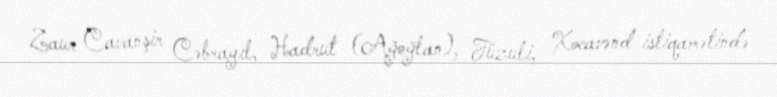
Zaur Cavanşir Cəbrayıl, Hadrut (Ağoğlan), Füzuli, Xocavənd istiqamətində